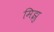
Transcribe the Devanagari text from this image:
मिझु